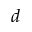
d